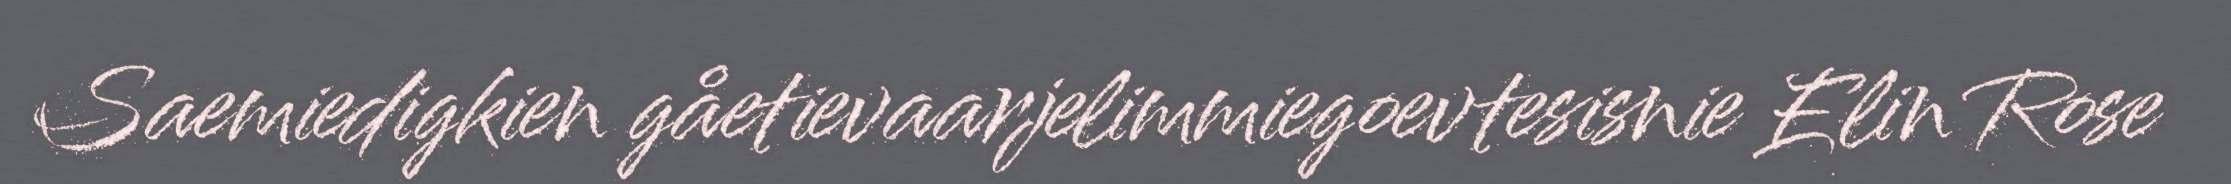
Saemiedigkien gåetievaarjelimmiegoevtesisnie Elin Rose